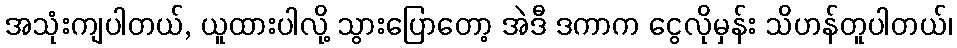
အသုံးကျပါတယ်, ယူထားပါလို့ သွားပြောတော့ အဲဒီ ဒကာက ငွေလိုမှန်း သိဟန်တူပါတယ်၊